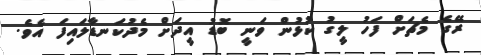
ރޭގެ މެޗަށް ފަހު ލީގު ކުޅުން ވަނީ ބޮޑު އީދަށް މެދުކަނޑާލައިފަ އެވެ.